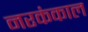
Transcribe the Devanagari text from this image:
नरकंकाल